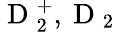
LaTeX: \mathrm{~D~}_{2}^{+},\mathrm{~D~}_{2}